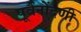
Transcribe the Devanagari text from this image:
पूर्वनोंदणी